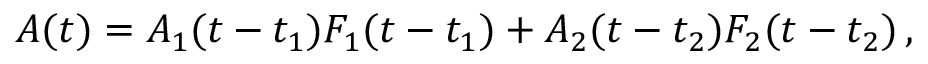
\begin{array} { r } { A ( t ) = A _ { 1 } ( t - t _ { 1 } ) F _ { 1 } ( t - t _ { 1 } ) + A _ { 2 } ( t - t _ { 2 } ) F _ { 2 } ( t - t _ { 2 } ) \, , } \end{array}